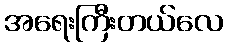
အရေးကြီးတယ်လေ